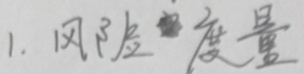
1. 风险 度量